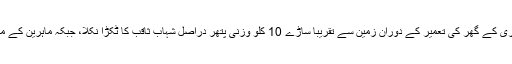
بین الاقوامی خبر رساں ادارے کے مطابق امریکی شہری کے گھر کی تعمیر کے دوران زمین سے تقریبا ساڑے 10 کلو وزنی پتھر دراصل شہاب ثاقب کا ٹکڑا نکلا، جبکہ ماہرین کے مطابق اس ٹکڑے کی قیمت 1 لاکھ ڈالر کے قریب ہے۔